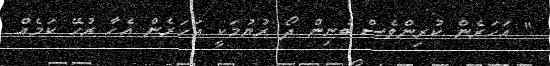
" އަހަރެން ކުރިންވެސް ބުނިން ދޯ ރުޔުމަކީ އަހަރެން އެހާ ރުހޭ ކަމެއް